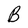
Character: B